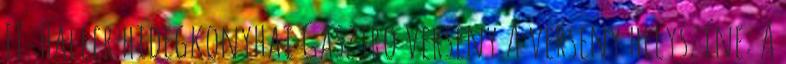
II. Haller hidegkonyhai Gasztro verseny A verseny helyszíne: A